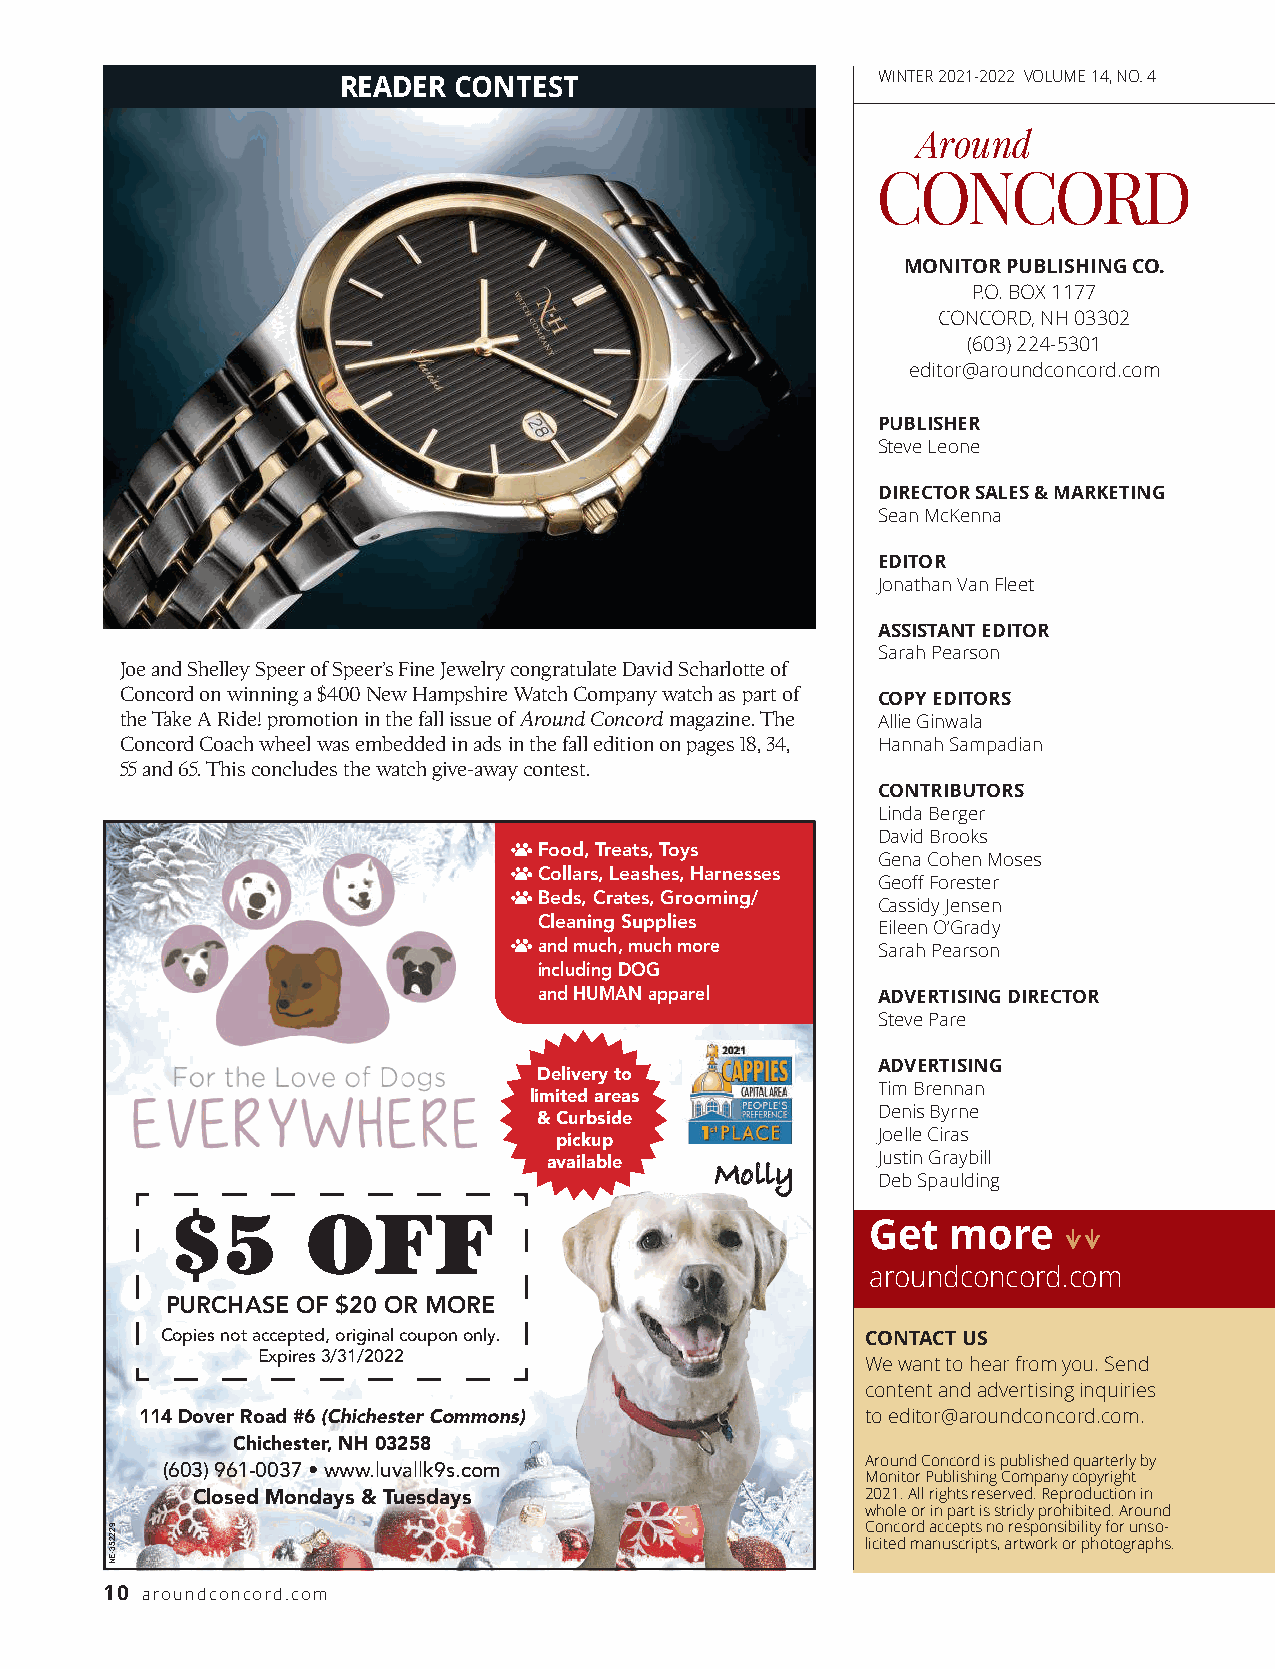
WINTER2021-2022 VOLUME 14, NO. 4
 READER  CONTEST
 A ro u n d
 C  ONC      OR    D
 MONITOR PUBLISHING CO.
 P.O. BOX 1177
 CONCORD, NH 03302
 (603) 224-5301
 e d i t o r @ a ro u n d c o n c o rd . c o m
 PUBLISHER
 Steve Leone
 DIRECTOR SALES & MARKETING
 Sean McKenna
 E D I TO R
 Jonathan Van Fleet
 ASSISTANT EDITOR
 Sarah Pearson
 Joe and Shelley Speer of Speer’s Fine Jewelry congratulate David Scharlotte of
 Concord on winning a $400 New Hampshire Watch Company watch as part of
 COPY EDITORS
 the Take A Ride! promotion in the fall issue of Around Concordmagazine. The Allie Ginwala
 Concord Coach wheel was embedded in ads in the fall edition on pages 18, 34, Hannah Sampadian
 55 and 65. This concludes the watch give-away contest.
 CO N T R I B U TO R S
 Linda Berger
 David Brooks
 Food,Treats,Toys
 Gena Cohen Moses
 Collars,Leashes,Harnesses
 Geoff Forester
 Beds,Crates,Grooming/
 Cassidy Jensen
 CleaningSupplies
 Eileen O’G ra d y
 andmuch,muchmore
 Sarah Pearson
 includingDOG
 andHUMANapparel
 ADVERTISING DIRECTOR
 Steve Pare
 Deliveryto            A DV E R T I S I N G
 limitedareas           Tim Brennan
 &Curbside             Denis Byrne
 pickup               Joelle Ciras
 available  MMoollllyy Justin Graybill
 Deb Spaulding
 $5       OFF
 Get  more
 a ro u n d c o n c o rd . c o m
 PURCHASE OF $20 OR MORE
 Copiesnotaccepted,originalcoupononly.
 CONTACT US
 Expires3/31/2022
 We want to hear from you. Send
 content and advertising inquiries
 114DoverRoad#6(ChichesterCommons)               to editor@aroundconcord.com.
 Chichester,NH03258
 (603)961-0037•www.luvallk9s.com               Around Concord is published quarterly by
 Monitor Publishing Company copyright
 ClosedMondays&Tuesdays                      2021. All rights reserved. Reproduction in
 whole or in part is stricly prohibited. Around
 Concord accepts no responsibility for unso-
 licited manuscripts, artwork or photographs.
 10 a ro u n d c o n c o rd . c o m
 922253-EN
 > >